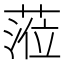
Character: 蒞